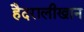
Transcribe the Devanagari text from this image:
हैदरालीखान